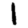
Digit: 1